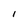
Character: I